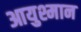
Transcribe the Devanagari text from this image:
आयुश्मान